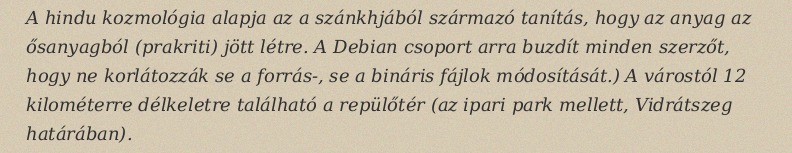
A hindu kozmológia alapja az a szánkhjából származó tanítás, hogy az anyag az ősanyagból (prakriti) jött létre. A Debian csoport arra buzdít minden szerzőt, hogy ne korlátozzák se a forrás-, se a bináris fájlok módosítását.) A várostól 12 kilométerre délkeletre található a repülőtér (az ipari park mellett, Vidrátszeg határában).